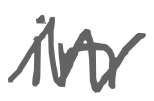
Text: in
Cross-out: zig-zag
Writing tool: digital_gray